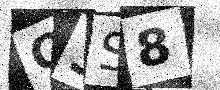
Text: Q3S8